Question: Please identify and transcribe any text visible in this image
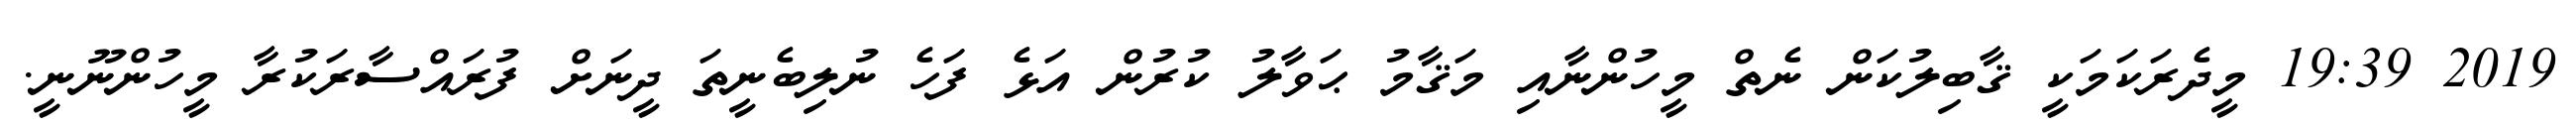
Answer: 2019 19:39 މީދެރަކަމަކީ ޤާބިލުކަން ނެތް މީހުންނާއި މަޤާމު ޙަވާލު ކުރުން އަޅެ ފަހެ ނުލިބެނީތަ ދީނަށް ފުރައްސާރަކުރާ މީހުންނޫނީ.